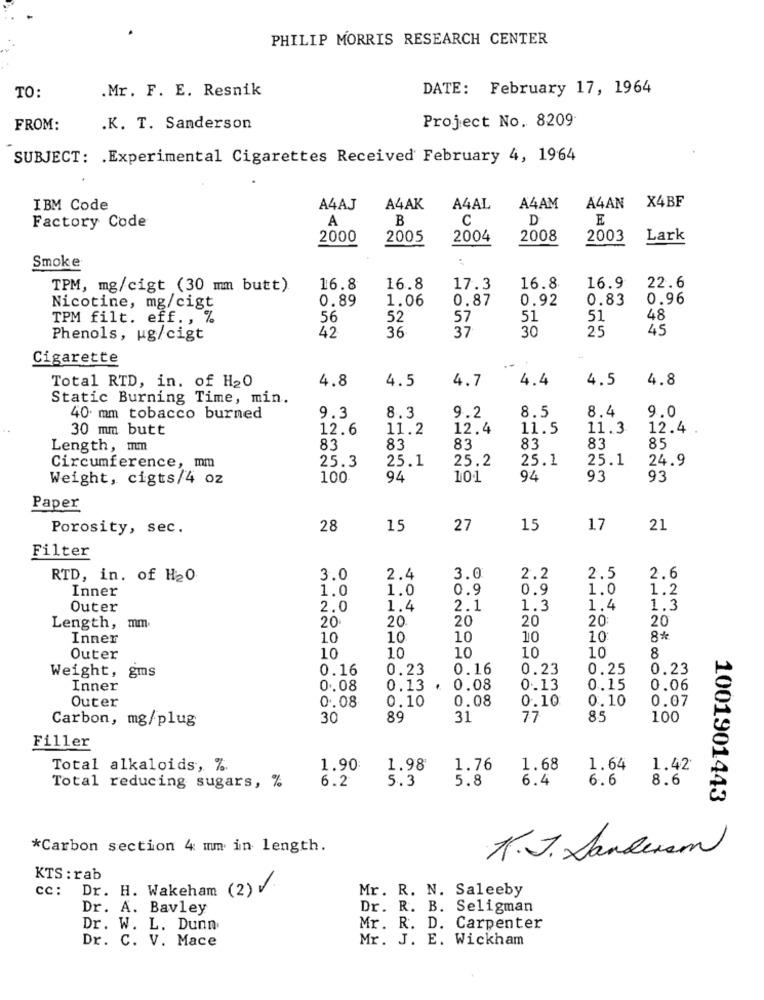
PHILIP MORRIS RESEARCH CENTER
TO:
.Mr. F. E. Resnik
DATE: February 17, 1964
Project No. 8209
FROM:
.K. T. Sanderson
SUBJECT: . Experimental Cigarettes Received February 4, 1964
X4BF
IBM Code
A4AJ
A4AK
A4AL
A4AM
A4AN
Factory Code
A
B
C
D
E
2000
2005
2004
2008
2003
Lark
Smoke
TPM, mg/cigt (30 mm butt)
16.8
16.8
17.3
16.8
16.9
22.6
0.89
1.06
0.87
0.92
0.83
0.96
Nicotine, mg/cigt
TPM filt. eff ., %
56
52
57
51
51
48
42
36
37
30
25
45
Phenols, ug/cigt
Cigarette
Total RTD, in. of H20
4.8
4.5
4.7
4.4
4.5
4.8
Static Burning Time, min.
8.5
8.4
9.0
40 mm tobacco burned
9.3
8.3
9.2
30 mm butt
12.6
11.2
12.4
11.5
11.3
12.4
Length, mm
83
83
83
83
83
85
Circumference, mm
25.3
25.1
25.2
25.1
25.1
24.9
Weight, cigts/4 oz
100
94
10.1
94
93
93
Paper
Porosity, sec.
28
15
27
15
17
21
Filter
RTD, in. of H20
3.0
2.4
3.0
2.2
2.5
2.6
Inner
1.0
1.0
0.9
0.9
1.0
1.2
Outer
2.0
1.4
2.1
1.3
1.4
1.3
20.
20
20
20
20
20
Length, a
Inner
10
10
10
10
10
8*
Outer
10
10
10
10
10
8
0.16
0.23
0.16
0.23
0.25
0.23
Weight, gms
Inner
0.08
0.13
.
0.08
0.13
0.15
0.06
Outer
0.10
0.08
0.10
0.10
0.07
0.08
Carbon, mg/plug
30
89
31
77
8.5
100
Filler
Total alkaloids, %.
1.90
1.98
1.76
1.68
1.64
1.42
6.2
5.3
5.8
6.4
6.6
8.6
Total reducing sugars, %
1001901443
*Carbon section 4 mm in length.
1.J. Sanderson
KTS : rab
cc: Dr. H. Wakeham (2) V.
Mr. R. N. Saleeby
Dr. A. Bavley
Dr. R. B. Seligman
Dr. W. L. Dunn
Mr. R. D. Carpenter
Dr. C. V. Mace
Mr. J. E. Wickham